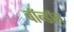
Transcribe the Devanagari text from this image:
बॉन्डॉल